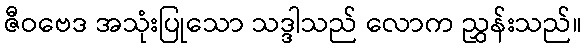
ဇီဝဗေဒ အသုံးပြုသော သဒ္ဒါသည် လောက ညွှန်းသည်။